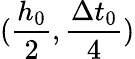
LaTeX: (\frac{h_{0}}{2},\frac{\Delta t_{0}}{4})